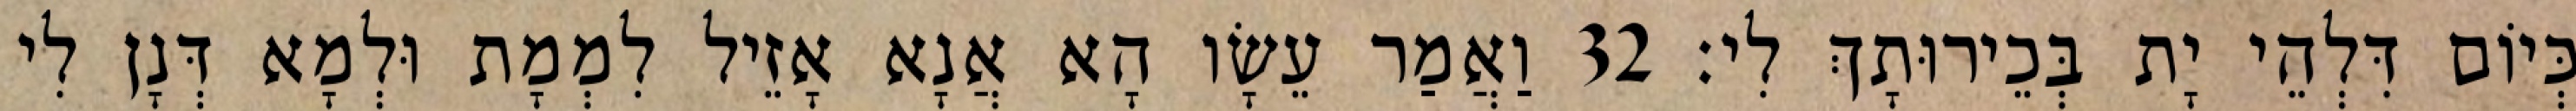
כְּיוֹם דִּלְהֵי יָת בְּכֵירוּתָךְ לִי׃ 32 וַאֲמַר עֵשָׂו הָא אֲנָא אָזֵיל לִמְמָת וּלְמָא דְּנָן לִי